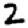
Digit: 2